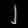
Digit: ၂